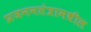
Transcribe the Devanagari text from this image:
प्रजननतंत्रामधील